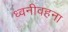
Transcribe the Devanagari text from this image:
ध्वनीवहना